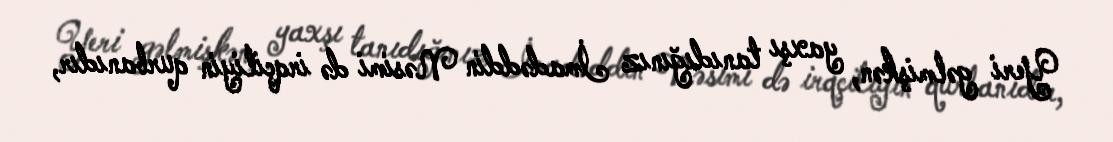
Yeri gəlmişkən, yaxşı tanıdığınız İmadəddin Nəsimi də irqçiliyin qurbanıdır,